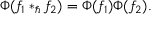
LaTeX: \Phi ( f _ { 1 } \ast _ { \hbar } f _ { 2 } ) = \Phi ( f _ { 1 } ) \Phi ( f _ { 2 } ) .